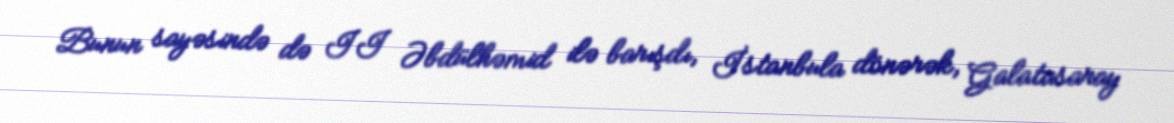
Bunun sayəsində də II Əbdülhəmid ilə barışdı, İstanbula dönərək, Galatasaray